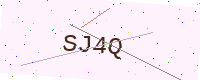
Text: SJ4Q